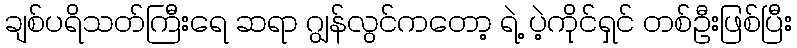
ချစ်ပရိသတ်ကြီးရေ ဆရာ ဂျွန်လွင်ကတော့ ရဲ့ ပဲ့ကိုင်ရှင် တစ်ဦးဖြစ်ပြီး